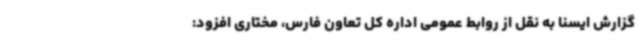
گزارش ایسنا به نقل از روابط عمومی اداره کل تعاون فارس، مختاری افزود: